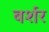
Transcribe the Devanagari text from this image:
बर्शर